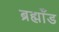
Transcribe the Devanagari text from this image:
ब्रह्माँड